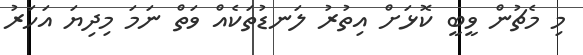
މި މެޗުން ވީބީ ކޮޅަށް އިތުރު ލަނޑުތަކެއް ވަތް ނަމަ މިދިޔަ އަހަރު